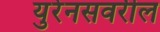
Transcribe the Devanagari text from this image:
युरेनसवरील